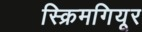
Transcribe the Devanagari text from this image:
स्क्रिमगियूर